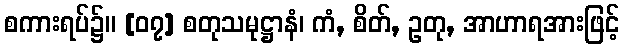
စကားရပ်၌။ [၀၇] စတုသမုဋ္ဌာနံ၊ ကံ, စိတ်, ဥတု, အာဟာရအားဖြင့်